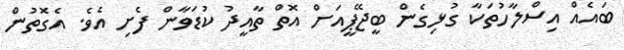
ބައެއް އިސްލާހުތަކާ ގުޅިގެން ބީޖޭޕީއަށް އޮތް ތާއީދު ކުޑަވާން ފެށި އެވެ. އެގޮތުން